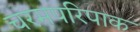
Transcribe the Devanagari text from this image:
चरमपरिपाक